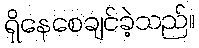
ရှိနေစေချင်ခဲ့သည်။